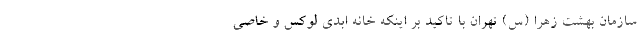
سازمان بهشت زهرا (س) تهران با تاکید بر اینکه خانه ابدی لوکس و خاصی